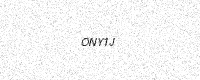
Text: ONY1J